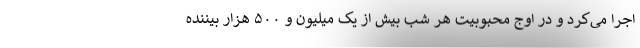
اجرا می‌کرد و در اوج محبوبیت هر شب بیش از یک میلیون و ۵۰۰ هزار بیننده